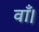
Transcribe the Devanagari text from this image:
वाँ।